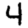
Digit: 4